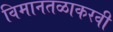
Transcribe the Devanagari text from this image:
विमानतळाकरवी